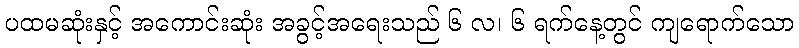
ပထမဆုံးနှင့် အကောင်းဆုံး အခွင့်အရေးသည် ၆ လ၊ ၆ ရက်နေ့တွင် ကျရောက်သော